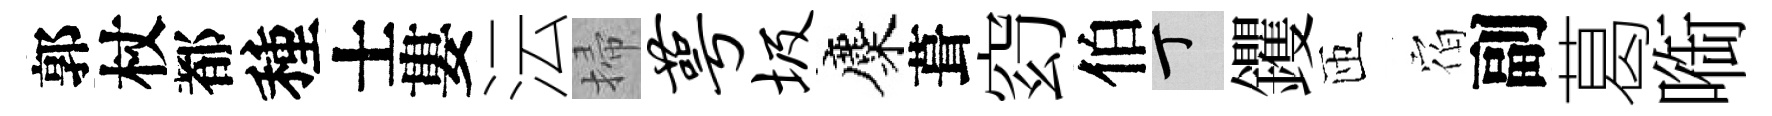
郭杖都種士婁沄掃萼圾麋葺𥥆伯丁钁匝𪧐副葛㗸